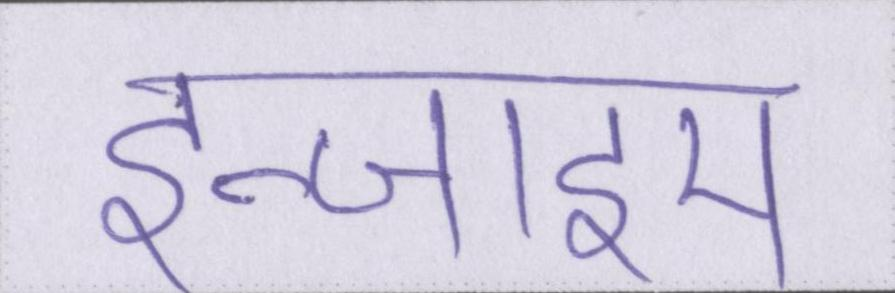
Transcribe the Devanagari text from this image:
इन्जाइम